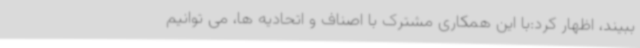
ببیند، اظهار کرد:با این همکاری مشترک با اصناف و اتحادیه ها، می توانیم